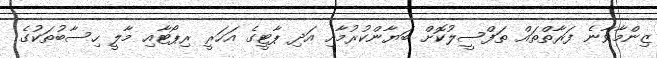
ޒިންމާވާނެ ފަރާތްތައް ތަފްސީލުކޮށް ބަޔާންކުރުމާއި އަދި ޕާޓީގެ އަހަރީ ރިޕޯޓާއި މާލީ ހިސާބުތަކުގެ